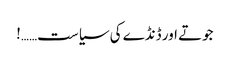
جوتے اور ڈنڈے کی سیاست……!